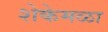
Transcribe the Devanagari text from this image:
शेकेमळा